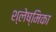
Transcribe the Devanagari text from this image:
श्‍लेष्मिका